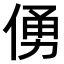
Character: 𠋀